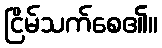
ငြိမ်သက်စေ၏။